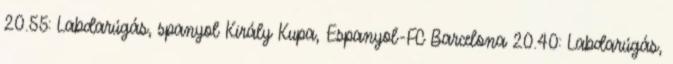
20.55: Labdarúgás, spanyol Király Kupa, Espanyol-FC Barcelona 20.40: Labdarúgás,